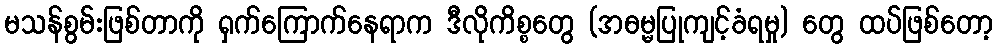
မသန်စွမ်းဖြစ်တာကို ရှက်ကြောက်နေရာက ဒီလိုကိစ္စတွေ (အဓမ္မပြုကျင့်ခံရမှု) တွေ ထပ်ဖြစ်တော့